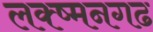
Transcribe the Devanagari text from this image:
लक्ष्मनगढ